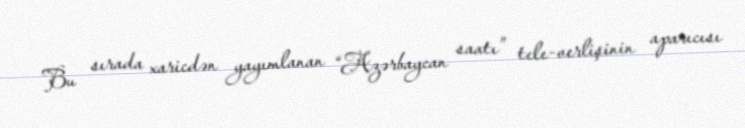
Bu sırada xaricdən yayımlanan “Azərbaycan saatı” tele-verlişinin aparıcısı